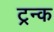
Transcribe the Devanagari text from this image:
ट्रन्क